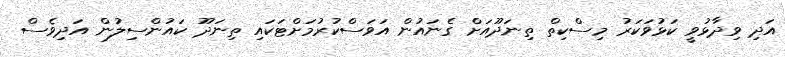
އަދި ވިދާޅުވީ ކަޅުވަކަރު މިސްކިތް ތިނަދޫއަށް ގެނައުން އަވަސްކުރުމަށްޓަކައި ތިނަދޫ ކައުންސިލުން އަދިވެސް